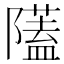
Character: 𨽈